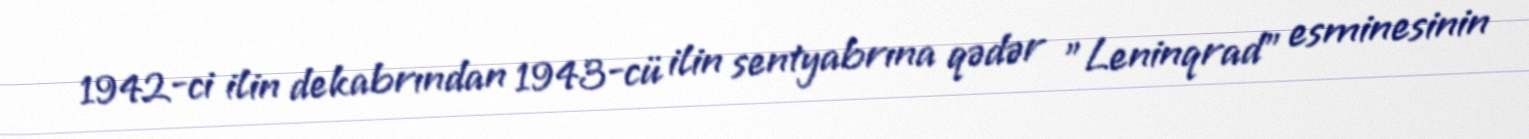
1942-ci ilin dekabrından 1943-cü ilin sentyabrına qədər "Leninqrad" esminesinin